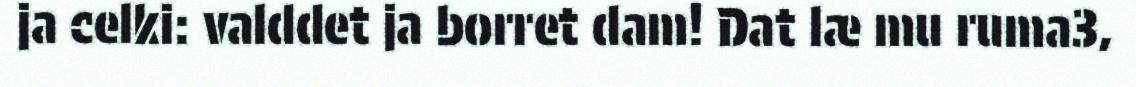
ja celki: valddet ja borret dam! Dat læ mu ruma3,